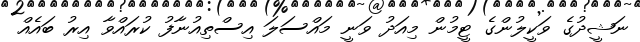
ނަޝީދުގެ ވަކީލުންގެ ޓީމުން މިއަދު ވަނީ މައްސަލަ އިސްތިއުނާފު ކުރައްވާ އިރު ބައެއް